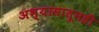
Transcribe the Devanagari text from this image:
अभ्यासातूनही